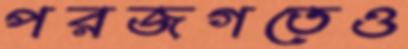
পরজগতেও